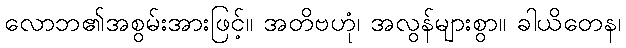
လောဘ၏အစွမ်းအားဖြင့်။ အတိဗဟုံ၊ အလွန်များစွာ။ ခါယိတေန၊